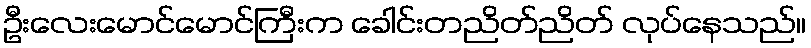
ဦးလေးမောင်မောင်ကြီးက ခေါင်းတညိတ်ညိတ် လုပ်နေသည်။